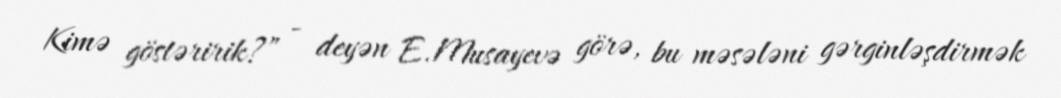
Kimə göstəririk?” - deyən E.Musayevə görə, bu məsələni gərginləşdirmək